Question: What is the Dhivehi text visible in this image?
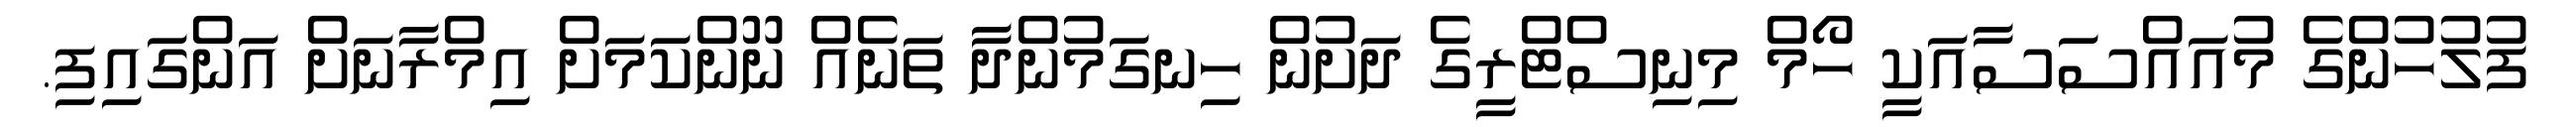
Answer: ފުލުހުންގެ މުއައްސަސާއަކީ ހޯމް މިނިސްޓްރީގެ ދަށުން ހިނގަމުންދާ ތަނެއް ނޫންކަމަށް އިމްރާނަށް އަންގައިފި.